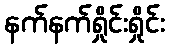
နက်နက်ရှိုင်းရှိုင်း